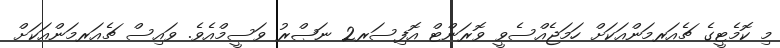
މި ކޮމެޓީގެ ޗެއަރމަންއަކަށް ހަމަޖެއްސެވީ ވޮރަންޓް އޮފިސަރ2 ނަޞްރު ވަސީމްއެވެ. ވައިސް ޗެއަރމަންއަކަށް